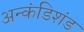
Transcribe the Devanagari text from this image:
अन्कंडिशंड